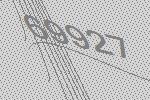
69927